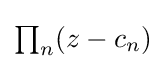
{\textstyle \prod _{n}(z-c_{n})}